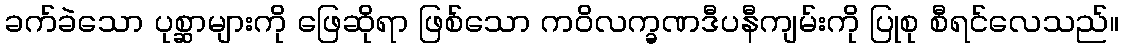
ခက်ခဲသော ပုစ္ဆာများကို ဖြေဆိုရာ ဖြစ်သော ကဝိလက္ခဏဒီပနီကျမ်းကို ပြုစု စီရင်လေသည်။